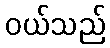
ဝယ်သည်